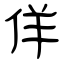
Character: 佯